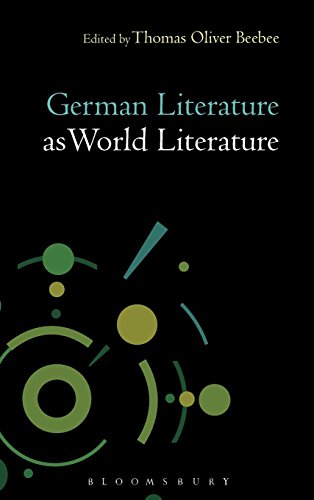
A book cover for German Literature as World Literature; Literature & Fiction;